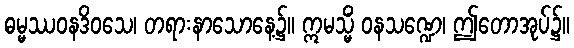
ဓမ္မဿဝနဒိဝသေ၊ တရားနာသောနေ့၌။ ဣမသ္မိံ ဝနသဏ္ဍေ၊ ဤတောအုပ်၌။